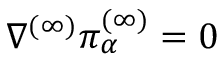
\nabla ^ { ( \infty ) } \pi _ { \alpha } ^ { ( \infty ) } = 0